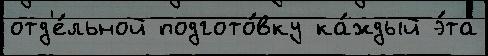
отд'е́льной подгото́вку ка́ждый э́та